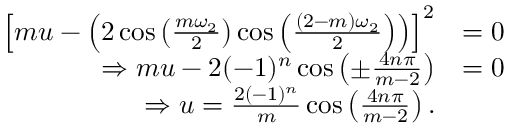
\begin{array} { r l } { \left[ m u - \left( 2 \cos \left( \frac { m \omega _ { 2 } } { 2 } \right) \cos \left( \frac { ( 2 - m ) \omega _ { 2 } } { 2 } \right) \right) \right] ^ { 2 } } & { = 0 } \\ { \Rightarrow m u - 2 ( - 1 ) ^ { n } \cos \left( \pm \frac { 4 n \pi } { m - 2 } \right) } & { = 0 } \\ { \Rightarrow u = \frac { 2 ( - 1 ) ^ { n } } { m } \cos \left( \frac { 4 n \pi } { m - 2 } \right) . } \end{array}